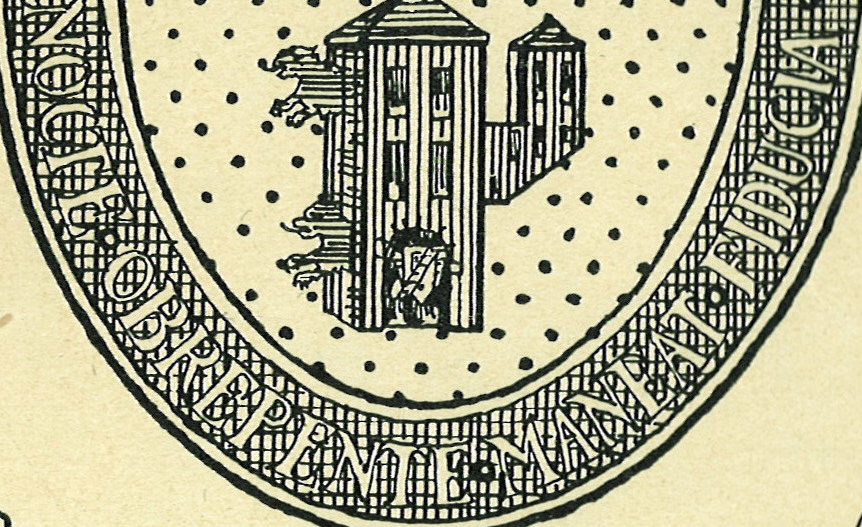
NOCTE.OBREPENTE.MANEAT.FIDUCIA